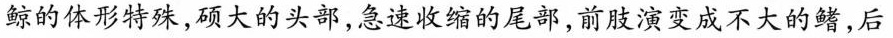
鲸的体形特殊，硕大的头部，急速收缩的尾部，前肢演变成不大的鳍，后